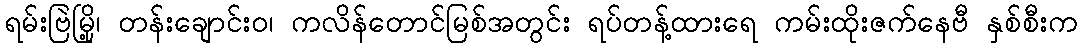
ရမ်းဗြဲမြို့၊ တန်းချောင်းဝ၊ ကလိန်တောင်မြစ်အတွင်း ရပ်တန့်ထားရေ ကမ်းထိုးဇက်နေဗီ နှစ်စီးက